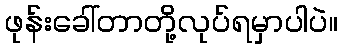
ဖုန်းခေါ်တာတို့လုပ်ရမှာပါပဲ။